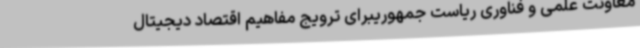
معاونت علمی و فناوری ریاست جمهوریبرای ترویج مفاهیم اقتصاد دیجیتال